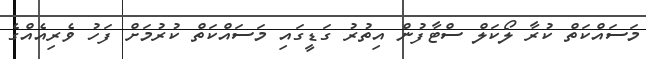
މަސައްކަތް ކުރާ ލޯކަލް ސްޓާފުން އިތުރު ގަޑީގައި މަސައްކަތް ކުރުމަށް ފަހު ވެރިއެއްގެ